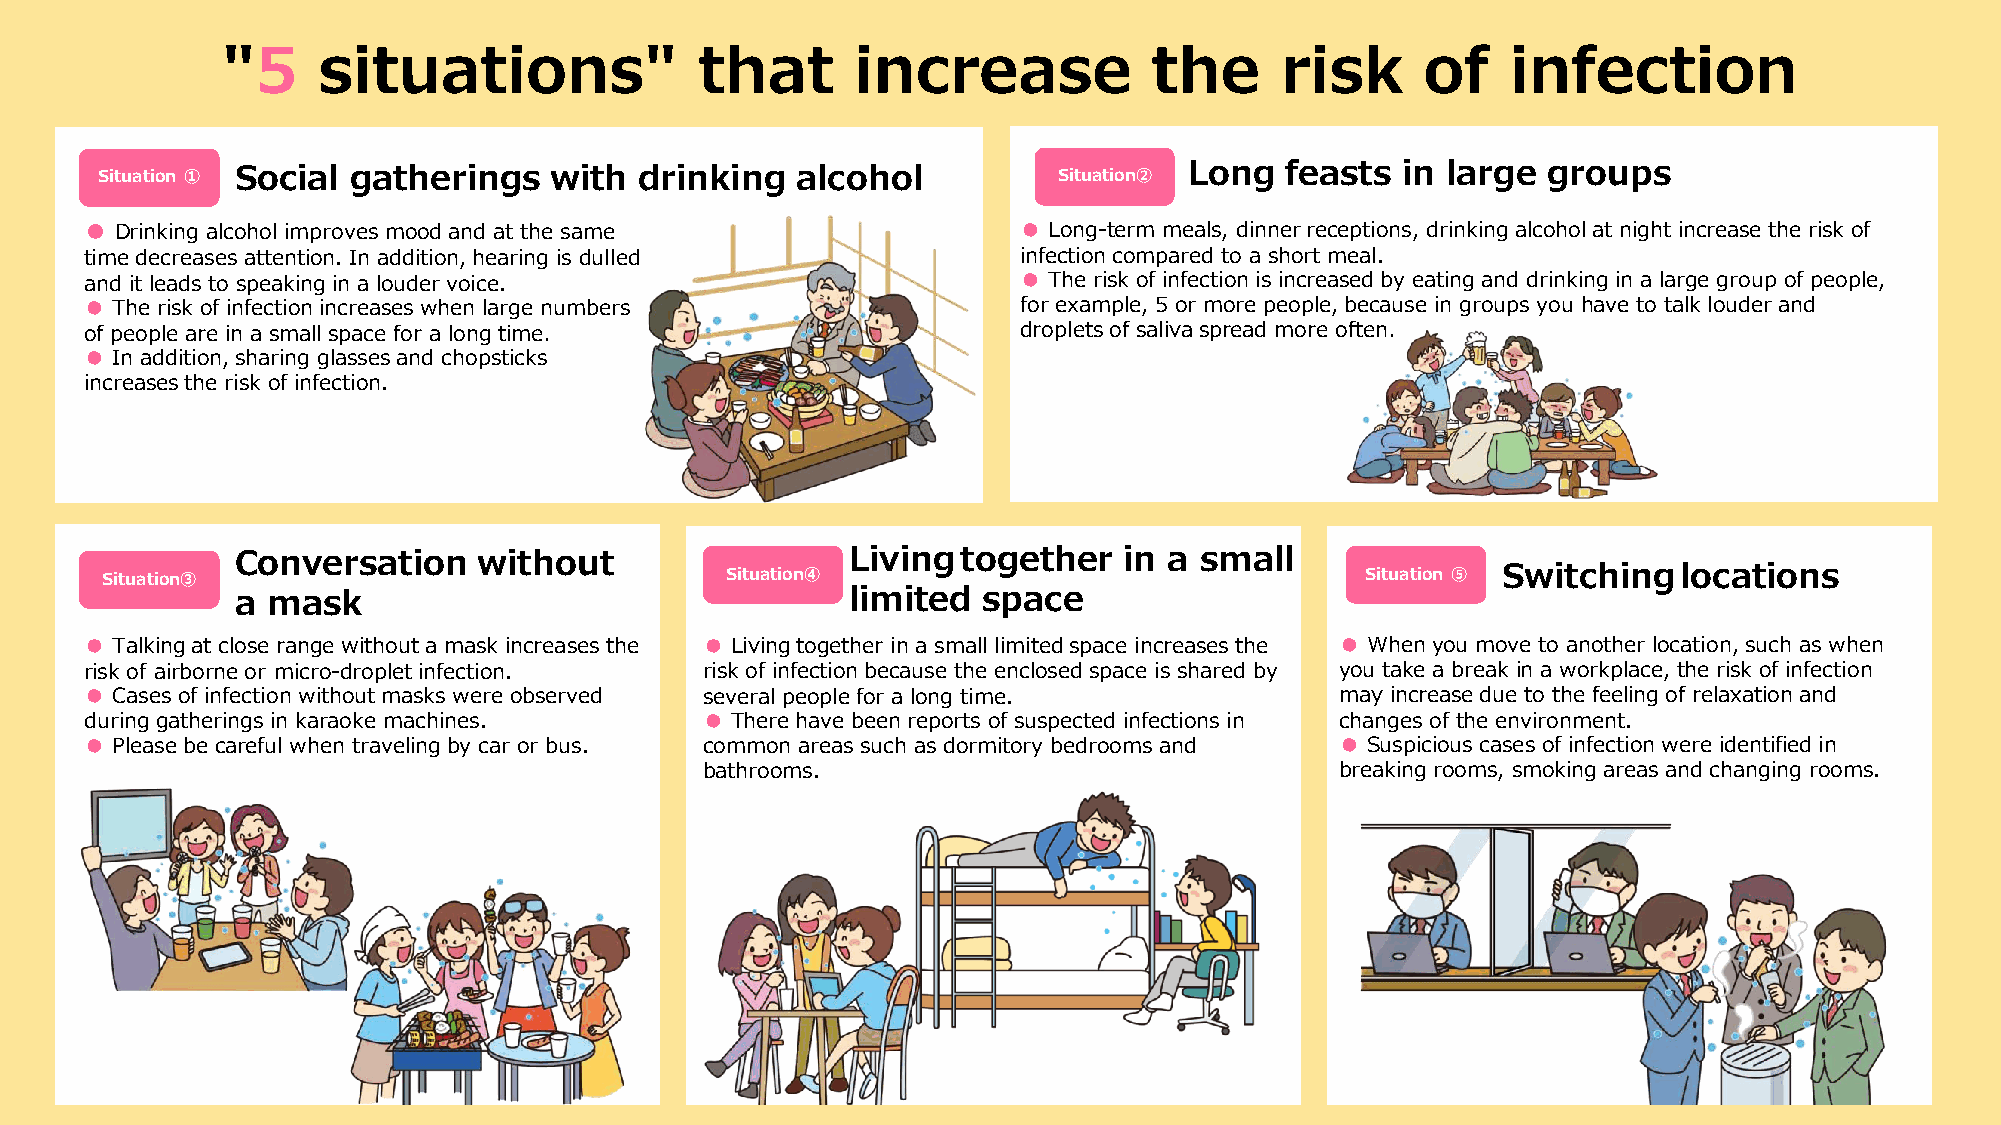
"5    situations"              that       increase           the      risk     of    infection
 Situation ① Social gatherings with  drinking   alcohol          Situation② Long feasts in large groups
 ● Drinking alcohol improves mood and at the same              ● Long-term meals, dinner receptions, drinking alcohol at night increase the risk of
 time decreases attention. In addition, hearing is dulled      infection compared to a short meal.
 and it leads to speaking in a louder voice.                   ● The risk of infection is increased by eating and drinking in a large group of people,
 ● The risk of infection increases when large numbers          for example, 5 or more people, because in groups you have to talk louder and
 of people are in a small space for a long time.               droplets of saliva spread more often.
 ● In addition, sharing glasses and chopsticks
 increases the risk of infection.
 Conversation    without                 Livingtogether    in a small
 Switchinglocations
 Situation③                               Situation④                                Situation ⑤
 a mask                                  limited  space
 ● Talking at close range without a mask increases the ● Living together in a small limited space increases the ● When you move to another location, such as when
 risk of airborne or micro-droplet infection. risk of infection because the enclosed space is shared by you take a break in a workplace, the risk of infection
 ● Cases of infection without masks were observed several people for a long time.   may increase due to the feeling of relaxation and
 during gatherings in karaoke machines.  ● There have been reports of suspected infections in changes of the environment.
 ● Please be careful when traveling by car or bus. common areas such as dormitory bedrooms and ● Suspicious cases of infection were identified in
 bathrooms.                                 breaking rooms, smoking areas and changing rooms.